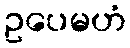
ဥပေမဟံ